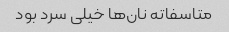
متاسفاته نان‌ها خیلی سرد بود